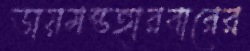
ডায়মন্ডহারবারের